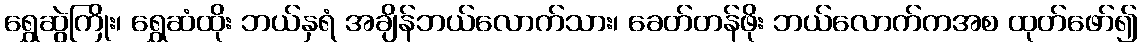
ရွှေဆွဲကြိုး၊ ရွှေဆံထိုး ဘယ်နှရံ အချိန်ဘယ်လောက်သား၊ ခေတ်တန်ဖိုး ဘယ်လောက်ကအစ ထုတ်ဖော်၍